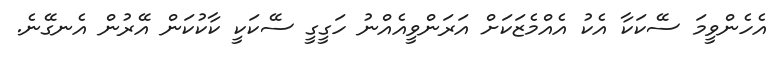
އެހެންވީމަ ސޭކަކާ އެކު އެއްމެޒަކަށް އަރަންވީއެއްނު ހަގީގީ ސޭކަކީ ކާކުކަން އޭރުން އެނގޭނެ.